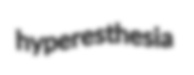
hyperesthesia